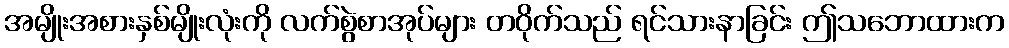
အမျိုးအစားနှစ်မျိုးလုံးကို လက်စွဲစာအုပ်များ တဝိုက်သည် ရင်သားနာခြင်း ဤသဘောထားက